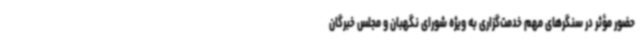
حضور مؤثر در سنگرهای مهم خدمت‌گزاری به ویژه شورای نگهبان و مجلس خبرگان